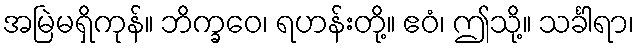
အမြဲမရှိကုန်။ ဘိက္ခဝေ၊ ရဟန်းတို့။ ဧဝံ၊ ဤသို့။ သင်္ခါရာ၊